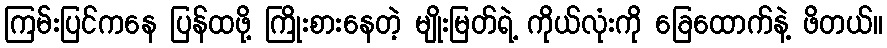
ကြမ်းပြင်ကနေ ပြန်ထဖို့ ကြိုးစားနေတဲ့ မျိုးမြတ်ရဲ့ ကိုယ်လုံးကို ခြေထောက်နဲ့ ဖိတယ်။